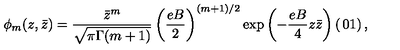
\phi _ { m } ( z , \bar { z } ) = \frac { \bar { z } ^ { m } } { \sqrt { \pi \Gamma ( m + 1 ) } } \left( \frac { e B } { 2 } \right) ^ { ( m + 1 ) / 2 } \exp \left( - \frac { e B } { 4 } z \bar { z } \right) \left( \begin{matrix} { 0 } \\ { 1 } \\ \end{matrix} \right) ,